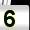
Digit: 5